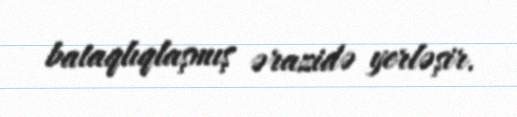
bataqlıqlaşmış ərazidə yerləşir.